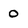
Character: 0